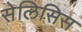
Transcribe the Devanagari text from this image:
सेलिसिस